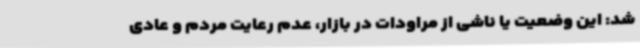
شد: این وضعیت یا ناشی از مراودات در بازار، عدم رعایت مردم و عادی